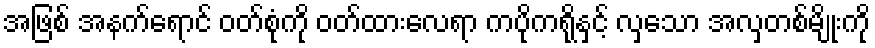
အဖြစ် အနက်ရောင် ဝတ်စုံကို ဝတ်ထားလေရာ ကပိုကရိုနှင့် လှသော အလှတစ်မျိုးကို